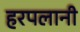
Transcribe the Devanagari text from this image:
हरपलानी